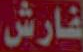
فارش